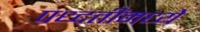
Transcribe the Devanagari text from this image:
पध्दतींमध्ये